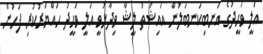
އަލީ ވަހީދުގެ އަނބިކަނބަލުން އައިޝަތު ލީޝާ ވިދާޅުވީ އަލީ ވަހީދު ހައްޔަރުކުރި ފަހުން